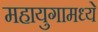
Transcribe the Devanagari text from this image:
महायुगामध्ये